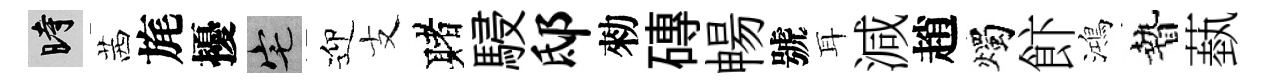
时茜旄擾宅迎支赌駸邸勑磚暢號耳減趙燭飰鴻贄蓺